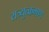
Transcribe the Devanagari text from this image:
रात्र्युत्क्रमण